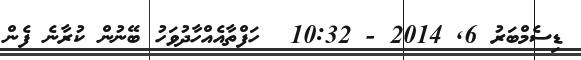
ޑިސެމްބަރު 6